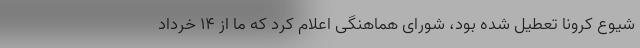
شیوع کرونا تعطیل شده بود، شورای هماهنگی اعلام کرد که ما از ۱۴ خرداد